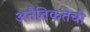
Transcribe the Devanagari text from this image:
अनैतिकतेची